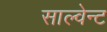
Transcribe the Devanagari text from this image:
साल्वेन्ट